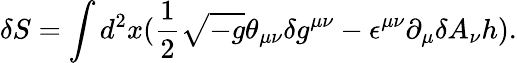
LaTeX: \delta S=\int d^{2}x(\frac{1}{2}\sqrt{-g}\theta_{\mu\nu}\delta g^{\mu\nu}-\epsilon^{\mu\nu}\partial_{\mu}\delta A_{\nu}h).